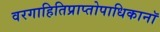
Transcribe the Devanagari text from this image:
वरगाहितिप्राप्तोपाधिकानॉ